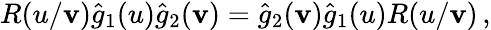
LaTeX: R(u/\mathbf{v})\hat{{g}}_{1}(u)\hat{{g}}_{2}(\mathbf{v})=\hat{{g}}_{2}(\mathbf{v})\hat{{g}}_{1}(u)R(u/\mathbf{v})\, ,